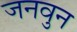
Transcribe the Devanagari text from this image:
जनवुन